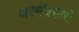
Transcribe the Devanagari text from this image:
थरमॅक्सचे